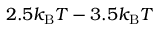
2 . 5 k _ { \mathrm { B } } T - 3 . 5 k _ { \mathrm { B } } T